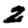
Digit: 2